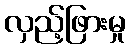
လှည့်ဖြားမှု